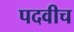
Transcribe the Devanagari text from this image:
पदवीच